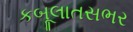
કબૂલાતસભર